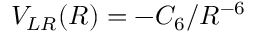
V _ { L R } ( R ) = - C _ { 6 } / R ^ { - 6 }